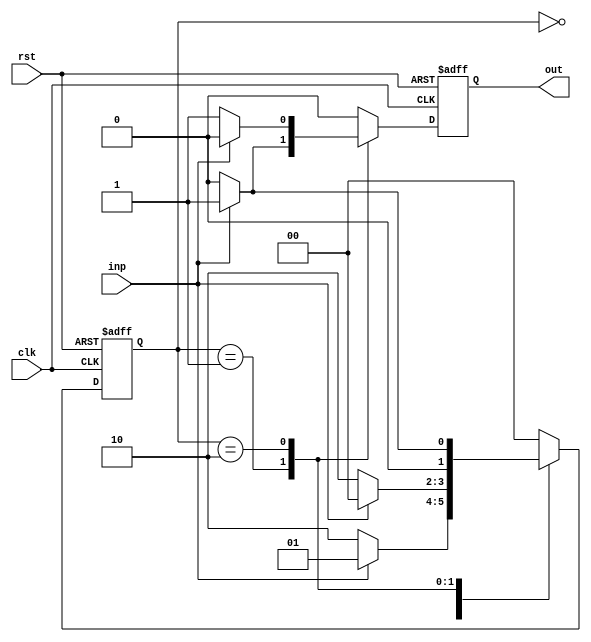
module mealy(clk,rst,inp,out);
  input clk, rst, inp;
  output reg out;
  reg [1:0] state;

  always @(posedge clk, posedge rst) begin
    if (rst) begin
      out <= 0;
      state <= 2'b00;
    end
    else begin
      case (state)
        2'b00: begin
          if (inp) begin
            state <= 2'b01;
            out <= 0;
          end
          else begin
            state <= 2'b10;
            out <= 0;
          end
        end
        2'b01: begin
          if (inp) begin
            state <= 2'b00;
            out <= 1;
          end
          else begin
            state <= 2'b10;
            out <= 0;
          end
        end
        2'b10: begin
          if (inp) begin
            state <= 2'b01;
            out <= 0;
          end
          else begin
            state <= 2'b00;
            out <= 1;
          end
        end
        default: begin
          state <= 2'b00;
          out <= 0;
        end
      endcase
    end
  end
endmodule